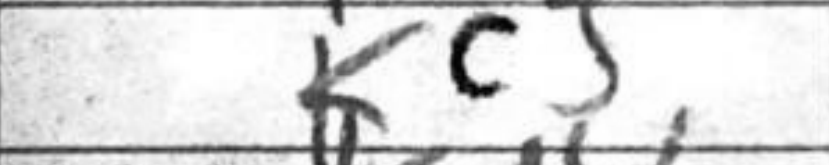
Transcription: Kc5